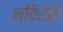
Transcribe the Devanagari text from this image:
न्यिरोबी